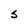
Character: S